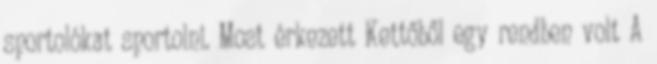
sportolókat sportolni. Most érkezett Kettőből egy rendben volt A